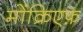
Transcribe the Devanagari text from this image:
मोंक्रिएफ़